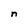
Character: n